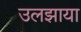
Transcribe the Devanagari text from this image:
उलझाया